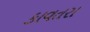
કાવતરા